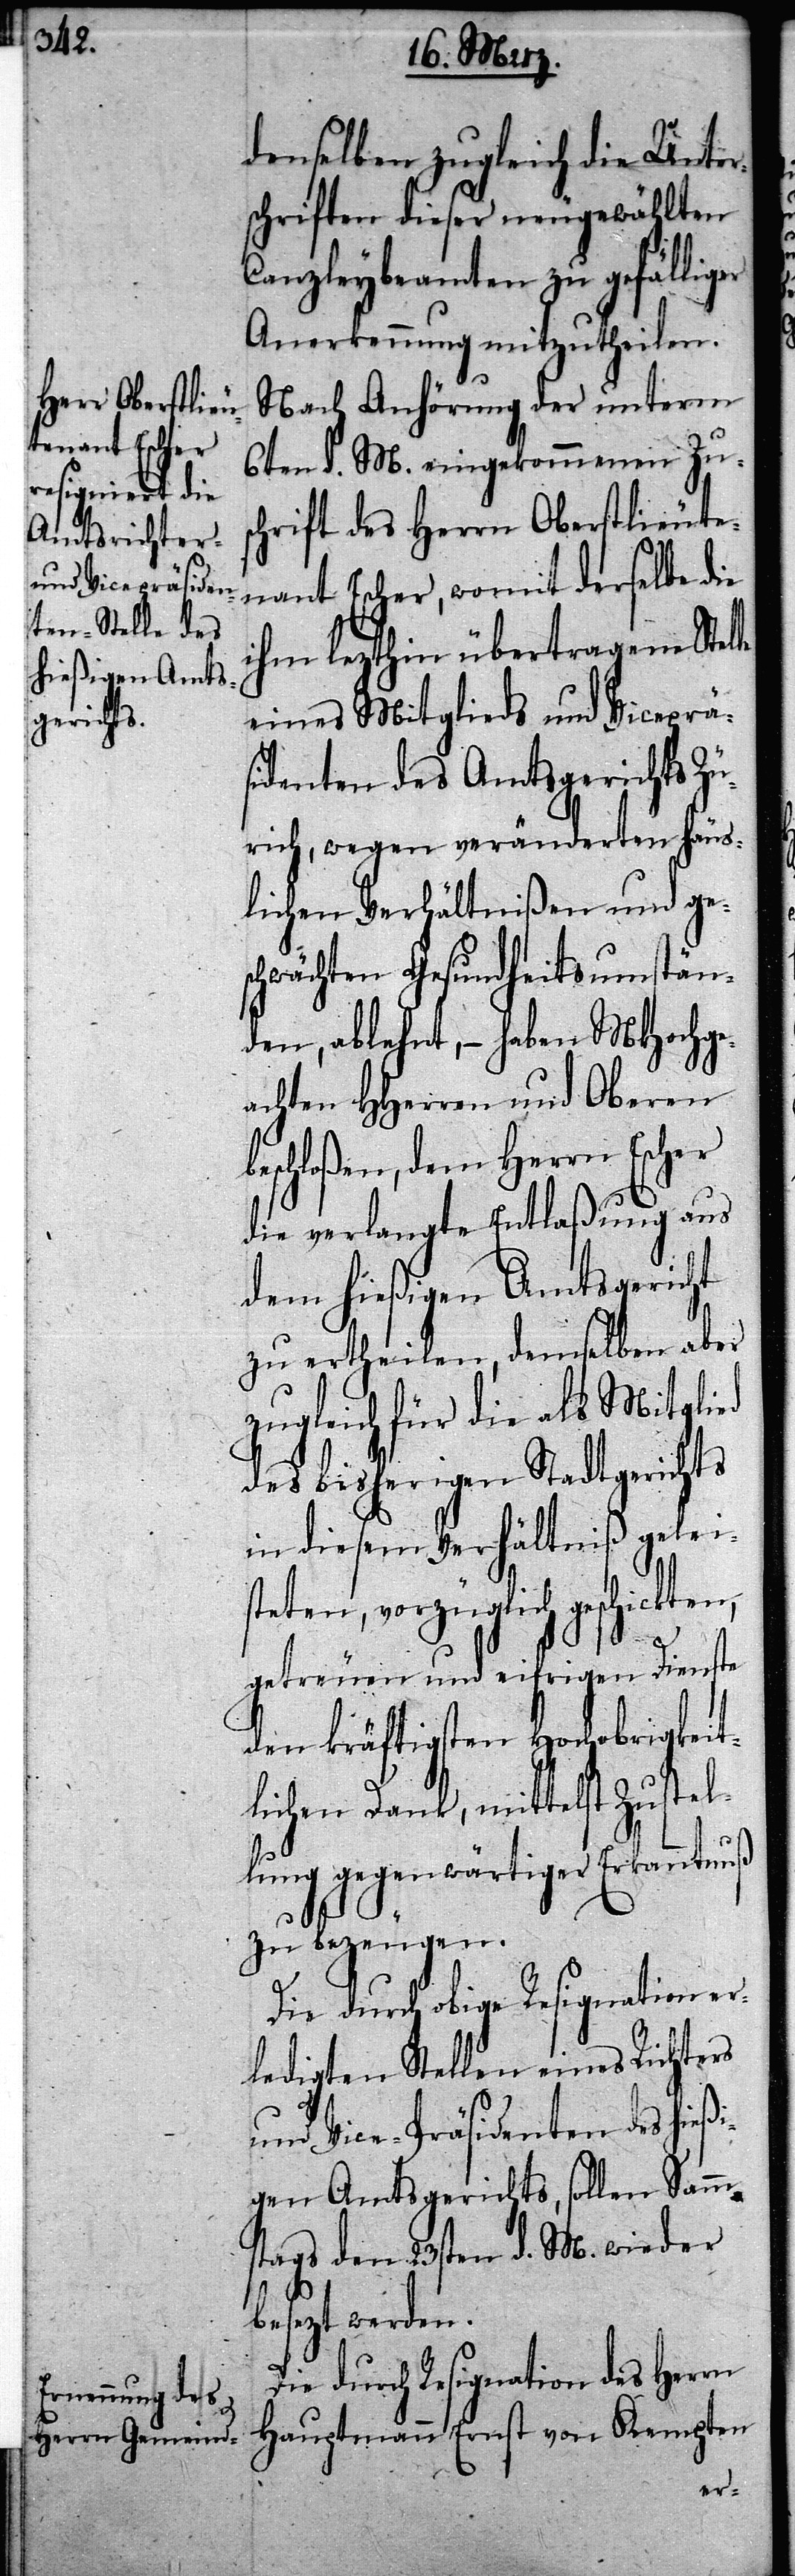
denselben zugleich die Unter¬
schriften dieser neugewählten
Canzleybeamten zu gefällig¬
Anerkennung mitzutheilen.
Nach Anhörung der unterm
6ten d. M. eingekommenen Zus¬
chrift des Herrn Oberstlieute¬
nant Escher, womit derselbe die
ihm lezthin übertragene Stelle
eines Mitglieds und Vicepräs¬
identen des Amtsgerichts Zü¬
rich, wegen veränderten häus¬
lichen Verhältnißen und ge¬
schwächten Gesundheitsumstän¬
den, ablehnt, – haben MHochge¬
achten HHerren und Oberen
beschloßen, dem Herrn Escher
die verlangte Entlaßung aus
dem hießigen Amtsgericht
zu ertheilen, demselben aber
zugleich für die als Mitglied
des bisherigen Stadtgerichts
in diesem Verhältniß gelei¬
steten, vorzüglich geschickten,
getreuen und eifrigen Dienste
den kräftigsten Hochobrigkeit¬
lichen Dank, mittelst Zustel¬
lung gegenwärtiger Erkanntnuß
zu bezeugen.
Die durch obige Resignation er¬
ledigten Stellen eines Richters
und Vice-Präsidenten des hieß¬
igen Amtsgerichts, sollen Samm¬
stags den 23sten d. M. wieder
ezt werden.
Die durch Resignation des Herrn
Hauptmann Ernst von Kempten
bes¬